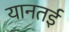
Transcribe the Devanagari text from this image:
यानतई